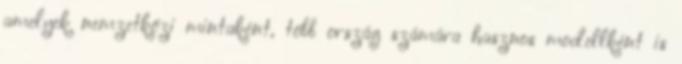
amelyek nemzetközi mintaként, több ország számára hasznos modellként is